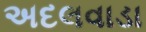
અદલવાડા